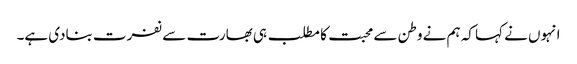
انہوں نے کہا کہ ہم نے وطن سے محبت کا مطلب ہی بھارت سے نفرت بنادی ہے۔